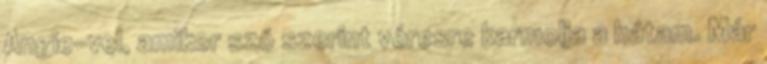
Angie-vel, amikor szó szerint véresre karmolja a hátam. Már